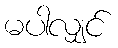
မပါလျှင်